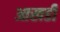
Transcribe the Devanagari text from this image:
आखडी